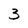
Character: 3